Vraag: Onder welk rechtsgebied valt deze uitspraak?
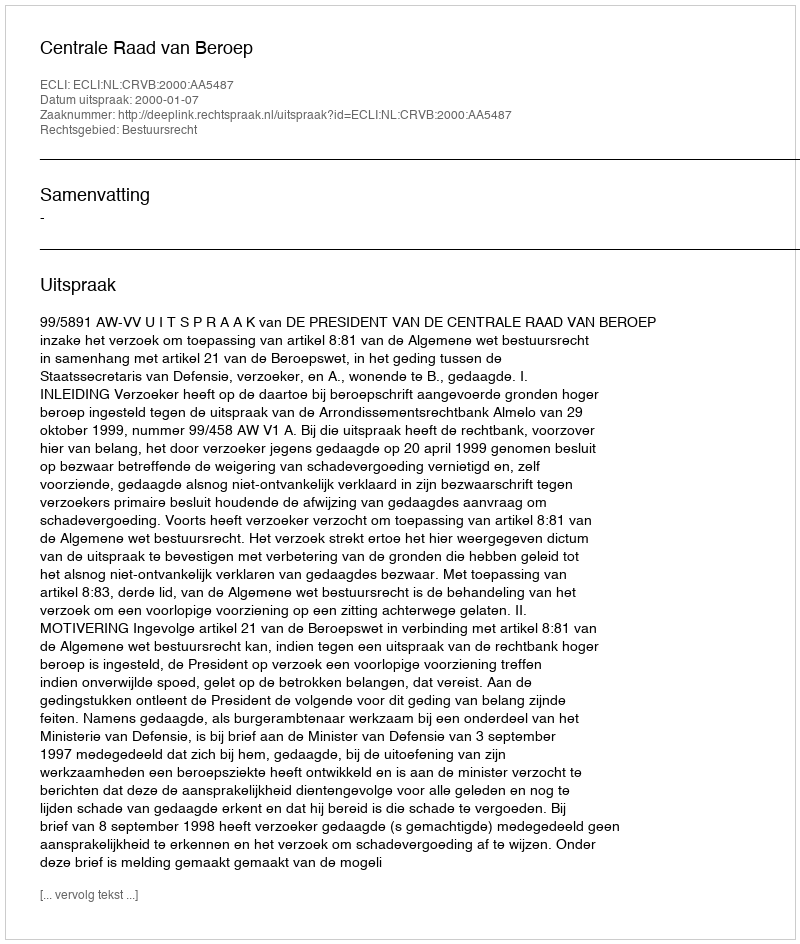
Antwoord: Bestuursrecht